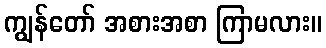
ကျွန်တော် အစားအစာ ကြာမလား။